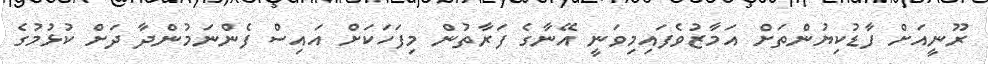
ރޫނީއަށް ފާޑުކިޔުންތަށް އަމާޒުވެފައިމިވަނީ އޭނާގެ ފަރާތުން މިފަހަކަށް އައިސް ފެންނަމުންދާ ދަށް ކުޅުމުގެ